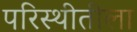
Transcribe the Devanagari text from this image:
परिस्थीतीला